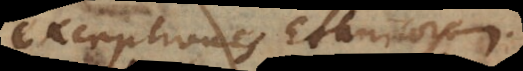
exceptiones Ethnicorum.